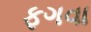
ફગવા